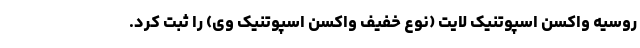
روسیه واکسن اسپوتنیک لایت (نوع خفیف واکسن اسپوتنیک وی) را ثبت کرد.